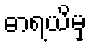
ဓာရယိမှ